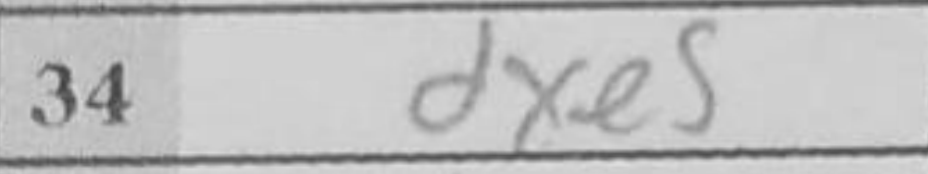
Transcription: Kg3